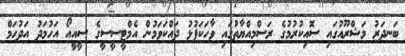
ބަނދަރު މަޝްރޫއުގައި ސޮއިކުރުމުގެ ރަސްމިއްޔާތުގައި ވާހަކަފުޅު ދައްކަވަމުން އެމްޓީސީސީގެ ސީއީއޯ އަހުމަދު އަދުހަމް